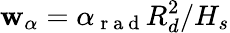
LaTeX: \mathbf{w}_{\alpha}=\alpha_{\mathrm{{~r~a~d~}}}R_{d}^{2}/H_{s}